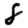
Digit: 8